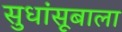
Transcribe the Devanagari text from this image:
सुधांसूबाला